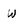
Character: W